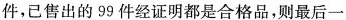
件，已售出的99件经证明都是合格品，则最后一